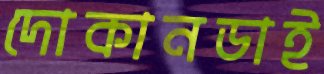
দোকানডাই